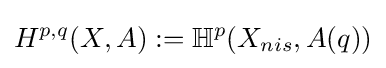
H^{p,q}(X,A):=\mathbb {H} ^{p}(X_{nis},A(q))